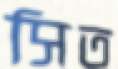
সিত